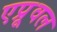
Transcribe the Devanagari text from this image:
एप्रूवल